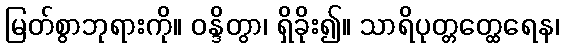
မြတ်စွာဘုရားကို။ ဝန္ဒိတွာ၊ ရှိခိုး၍။ သာရိပုတ္တတ္ထေရေန၊